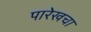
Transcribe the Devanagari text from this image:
पारेखचा